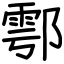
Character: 鄠